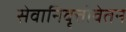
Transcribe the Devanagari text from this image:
सेवानिवृत्तीवेतन